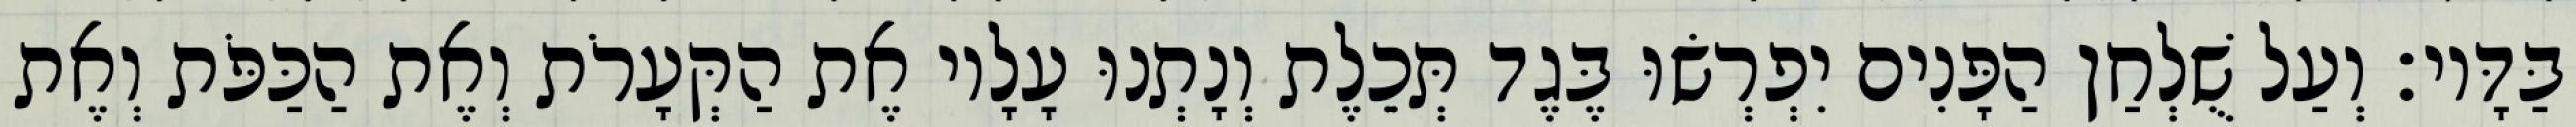
בַּדָּיו׃ וְעַל שֻׁלְחַן הַפָּנִים יִפְרְשׂוּ בֶּגֶד תְּכֵלֶת וְנָתְנוּ עָלָיו אֶת הַקְּעָרֹת וְאֶת הַכַּפֹּת וְאֶת